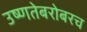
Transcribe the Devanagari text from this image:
उष्णतेबरोबरच